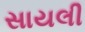
સાયલી